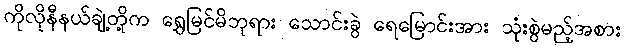
ကိုလိုနီနယ်ချဲ့တို့က ရွှေမြင်မိဘုရား သောင်းခွဲ ရေမြောင်းအား သုံးစွဲမည့်အစား